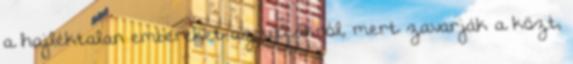
a hajléktalan embereket az utcákról, mert zavarják a közt,